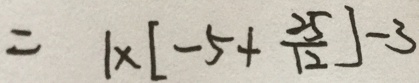
= 1 \times [ - 5 + \frac { 2 5 } { 1 2 } ] - 3